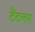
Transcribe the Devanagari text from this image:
टैंटलम